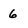
Character: 6